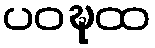
ပဝဍ္ဎထ